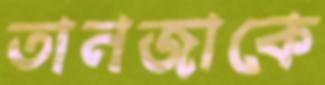
তানজাকে